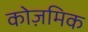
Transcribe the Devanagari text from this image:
कोज़मिक